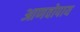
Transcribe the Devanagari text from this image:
आणवोपाय